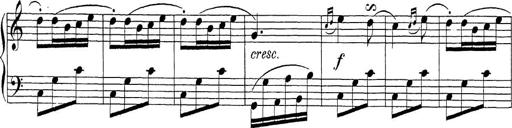
Title: Sonatina Album
Composer: Louis KÃ¶hler